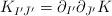
LaTeX: \begin{align*}K_{I^{\prime}\bar J^{\prime}}=\partial_{I^{\prime}}\partial_{\bar J^{\prime}}K\end{align*}